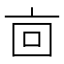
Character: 㐭